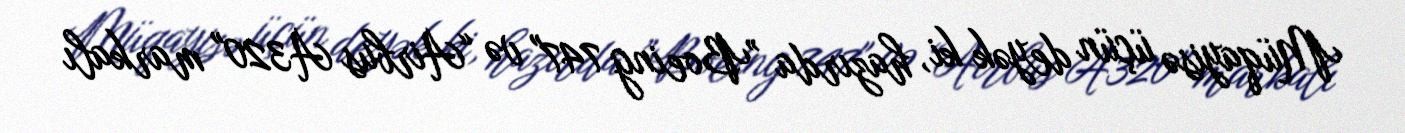
Müqayisə üçün deyək ki, hazırda ”Boeing 747" və “Airbus A320" markalı